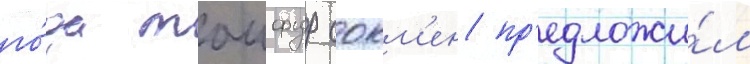
го́да таифур сокм'ен пр'едложи́л